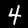
Label: 4